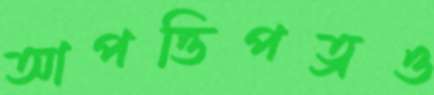
আপত্তিপত্রও